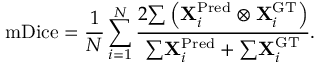
\mathrm { m D i c e } = \frac { 1 } { N } \sum _ { i = 1 } ^ { N } \frac { 2 { \sum } \left( { \bf X } _ { i } ^ { \mathrm { P r e d } } \otimes { \bf X } _ { i } ^ { \mathrm { G T } } \right) } { { \sum } { \bf X } _ { i } ^ { \mathrm { P r e d } } + { \sum } { \bf X } _ { i } ^ { \mathrm { G T } } } .